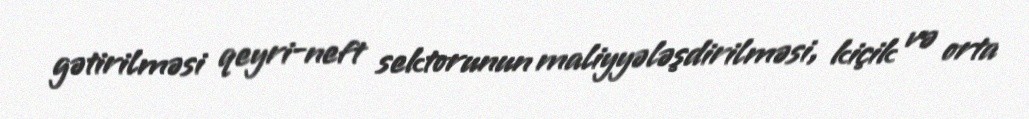
gətirilməsi qeyri-neft sektorunun maliyyələşdirilməsi, kiçik və orta